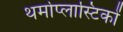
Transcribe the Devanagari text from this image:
थर्मोप्लास्टिकों